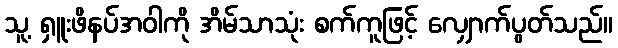
သူ့ ရှူးဖိနပ်အဝါကို အိမ်သာသုံး စက်ကူဖြင့် လျှောက်ပွတ်သည်။